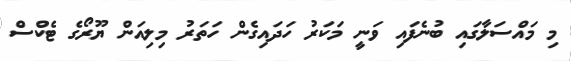
މި މައްސަލާގައި ބުނެފައި ވަނީ މަކަރު ހަދައިގެން ހަތަރު މިލިއަން ޔޫރޯގެ ޓެކްސް